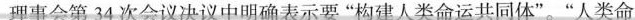
理事会第34次会议决议中明确表示要“构建人类命运共同体”。“人类命